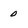
Character: 0